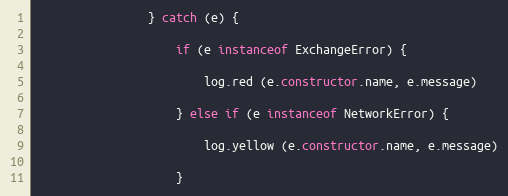
Language: JavaScript
                } catch (e) {

                    if (e instanceof ExchangeError) {

                        log.red (e.constructor.name, e.message)

                    } else if (e instanceof NetworkError) {

                        log.yellow (e.constructor.name, e.message)

                    }